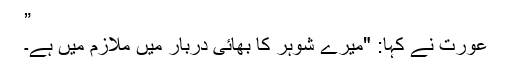
”
عورت نے کہا: "میرے شوہر کا بھائی دربار میں ملازم میں ہے۔